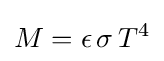
M=\epsilon \,\sigma \,T^{4}